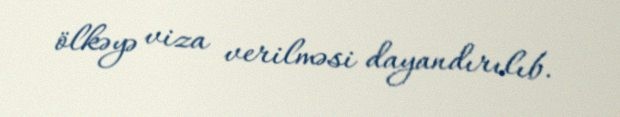
ölkəyə viza verilməsi dayandırılıb.